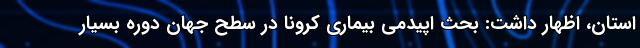
استان، اظهار داشت: بحث اپیدمی بیماری کرونا در سطح جهان دوره بسیار